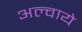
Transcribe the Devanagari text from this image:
अल्वाये